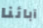
آبائنا